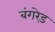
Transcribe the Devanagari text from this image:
बंगरेड़